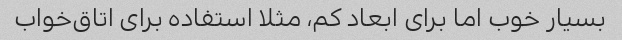
بسیار خوب اما برای ابعاد کم، مثلا استفاده برای اتاق‌خواب